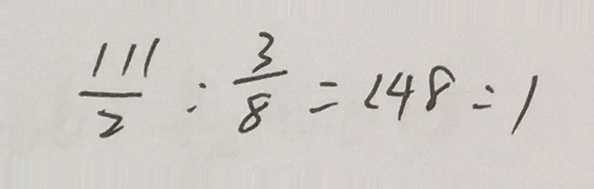
\frac { 1 1 1 } { 2 } : \frac { 3 } { 8 } = 1 4 8 : 1